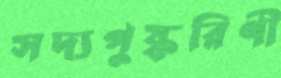
সদ্যপুষ্করিণী